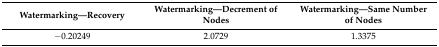
<table><thead><tr><td><b>Watermarking—Recovery</b></td><td><b>Watermarking—Decrement of Nodes</b></td><td><b>Watermarking—Same Number of Nodes</b></td></tr></thead><tbody><tr><td>−0.20249</td><td>2.0729</td><td>1.3375</td></tr></tbody></table>